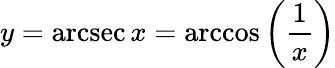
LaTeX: y=\operatorname{arcsec}x=\operatorname{arccos}\left({\frac{1}{x}}\right)